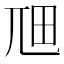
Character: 𭕎